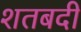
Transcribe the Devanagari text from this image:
शतबदी